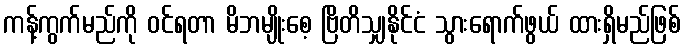
ကန့်ကွက်မည်ကို ဝင်ရတာ မိဘမျိုးစေ့ ဗြိတိသျှနိုင်ငံ သွားရောက်ဖွယ် ထားရှိမည်ဖြစ်